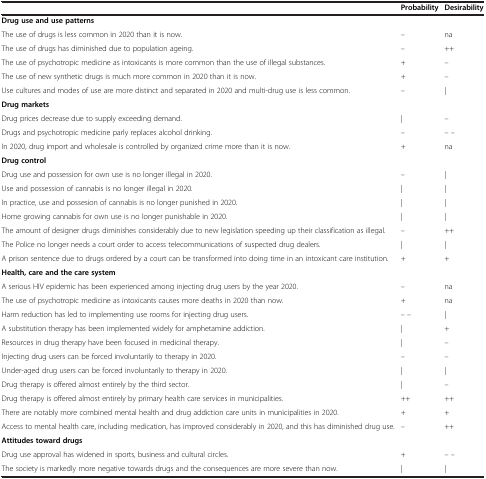
|  | Probability | Desirability |
 | --- | --- | --- |
 | Drug use and use patterns |  |  |
 | The use of drugs is less common in 2020 than it is now. | – | na |
 | The use of drugs has diminished due to population ageing. | – | ++ |
 | The use of psychotropic medicine as intoxicants is more common than the use of illegal substances. | + | – |
 | The use of new synthetic drugs is much more common in 2020 than it is now. | + | – |
 | Use cultures and modes of use are more distinct and separated in 2020 and multi-drug use is less common. | – | | |
 | Drug markets |  |  |
 | Drug prices decrease due to supply exceeding demand. | | | – |
 | Drugs and psychotropic medicine parly replaces alcohol drinking. | – | – – |
 | In 2020, drug import and wholesale is controlled by organized crime more than it is now. | + | na |
 | Drug control |  |  |
 | Drug use and possession for own use is no longer illegal in 2020. | – | | |
 | Use and possession of cannabis is no longer illegal in 2020. | | | | |
 | In practice, use and possesion of cannabis is no longer punished in 2020. | | | | |
 | Home growing cannabis for own use is no longer punishable in 2020. | | | | |
 | The amount of designer drugs diminishes considerably due to new legislation speeding up their classification as illegal. | – | ++ |
 | The Police no longer needs a court order to access telecommunications of suspected drug dealers. | | | | |
 | A prison sentence due to drugs ordered by a court can be transformed into doing time in an intoxicant care institution. | + | + |
 | Health, care and the care system |  |  |
 | A serious HIV epidemic has been experienced among injecting drug users by the year 2020. | – | na |
 | The use of psychotropic medicine as intoxicants causes more deaths in 2020 than now. | + | na |
 | Harm reduction has led to implementing use rooms for injecting drug users. | – – | | |
 | A substitution therapy has been implemented widely for amphetamine addiction. | | | + |
 | Resources in drug therapy have been focused in medicinal therapy. | | | – |
 | Injecting drug users can be forced involuntarily to therapy in 2020. | – | – |
 | Under-aged drug users can be forced involuntarily to therapy in 2020. | | | | |
 | Drug therapy is offered almost entirely by the third sector. | | | – |
 | Drug therapy is offered almost entirely by primary health care services in municipalities. | ++ | ++ |
 | There are notably more combined mental health and drug addiction care units in municipalities in 2020. | + | + |
 | Access to mental health care, including medication, has improved considerably in 2020, and this has diminished drug use. | – | ++ |
 | Attitudes toward drugs |  |  |
 | Drug use approval has widened in sports, business and cultural circles. | + | – – |
 | The society is markedly more negative towards drugs and the consequences are more severe than now. | | | | |